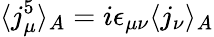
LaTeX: \langle j_{\mu}^{5}\rangle_{A}=i\epsilon_{\mu\nu}\langle j_{\nu}\rangle_{A}